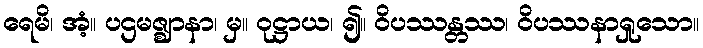
ရေမိ၊ အံ့။ ပဌမဇ္ဈာနာ၊ မှ။ ဝုဋ္ဌာယ၊ ၍။ ဝိပဿန္တဿ၊ ဝိပဿနာရှုသော။